King Institute of Preventive Medicine Micro-Biological Section reports 1912-19
Year: 1912
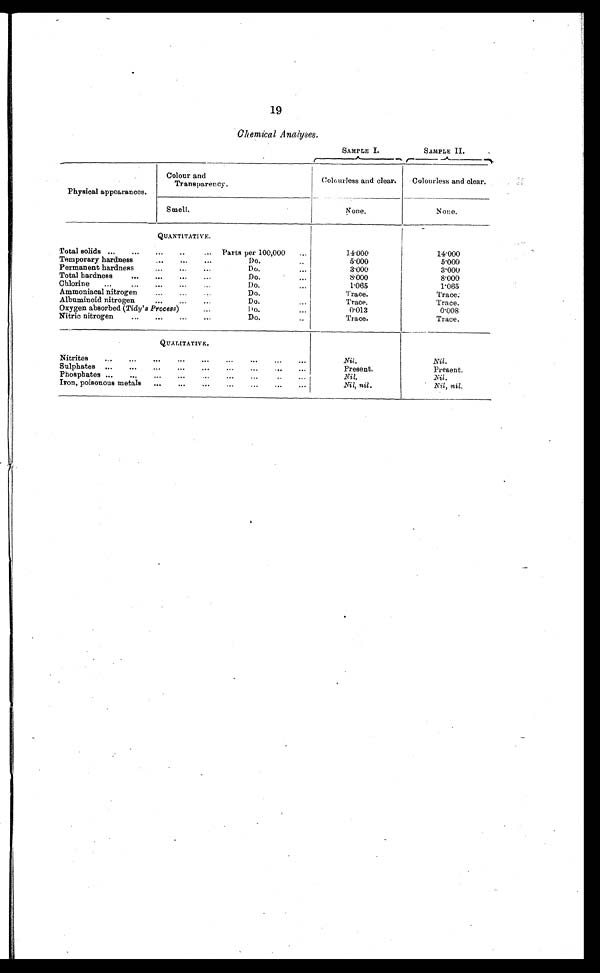
19
Chemical Analyses.
SAMPLE I.
SAMPLE II.
Physical appearances.
Colour and
Transparency.
Colourless and clear.
Colourless and clear.
Smell.
N o n e .
None.
QUANTITATIVE.
Total solids . . .
Parts per 100,000 . . .
14.000
14.000
5.000
5.000
Temporary hardness . . .
Do. . . .
3.000
3.000
Permanent hardness . . .
Do. . . .
8.000
8.000
Total hardness . . .
Do. . . .
1.065
1.065
Chlorine . . .
Do. . . .
T r a c e .
T r a c e .
Ammoniacal nitrogen . . .
Do. . . .
Trace.
Trace.
Albuminoid nitrogen . . .
Do. . . .
0.008
0.013
Oxygen absorbed ( Tidy' s Process)
. . .
D o . . . .
Trace.
Trace.
Nitric nitrogen . . .
Do. . . .
QUALITATIVE.
Nitrites . . .
Nil.
Nil.
Present.
Sulphates . . .
Present.
Nil.
Nil.
Phosphates . . .
Nil, n il.
Iron, poisonous metals . . .
Nil, nil.